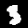
Digit: 3